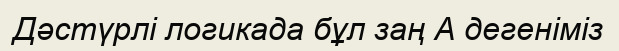
Дәстүрлі логикада бұл заң А дегеніміз